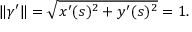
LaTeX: \| { \boldsymbol { \gamma } } ^ { \prime } \| = { \sqrt { x ^ { \prime } ( s ) ^ { 2 } + y ^ { \prime } ( s ) ^ { 2 } } } = 1 .